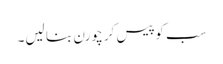
سب کو پیس کر چورن بنا لیں۔